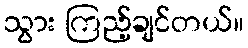
သွား ကြည့်ချင်တယ်။